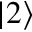
\vert 2 \rangle